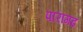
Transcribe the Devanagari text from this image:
पारागढ़